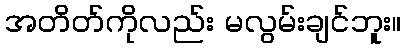
အတိတ်ကိုလည်း မလွမ်းချင်ဘူး။